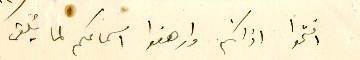
افتحوا اذانكم وارهفوا اسماعكم لما يُلقى